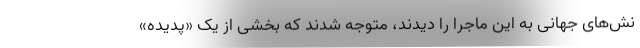
نش‌های جهانی به این ماجرا را دیدند، متوجه شدند که بخشی از یک «پدیده»